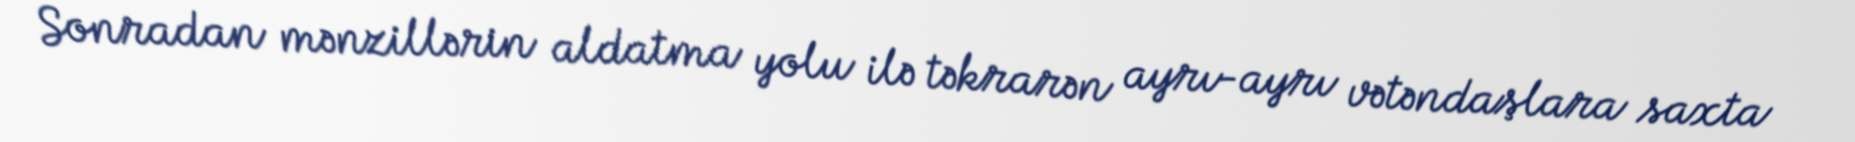
Sonradan mənzillərin aldatma yolu ilə təkrarən ayrı-ayrı vətəndaşlara saxta